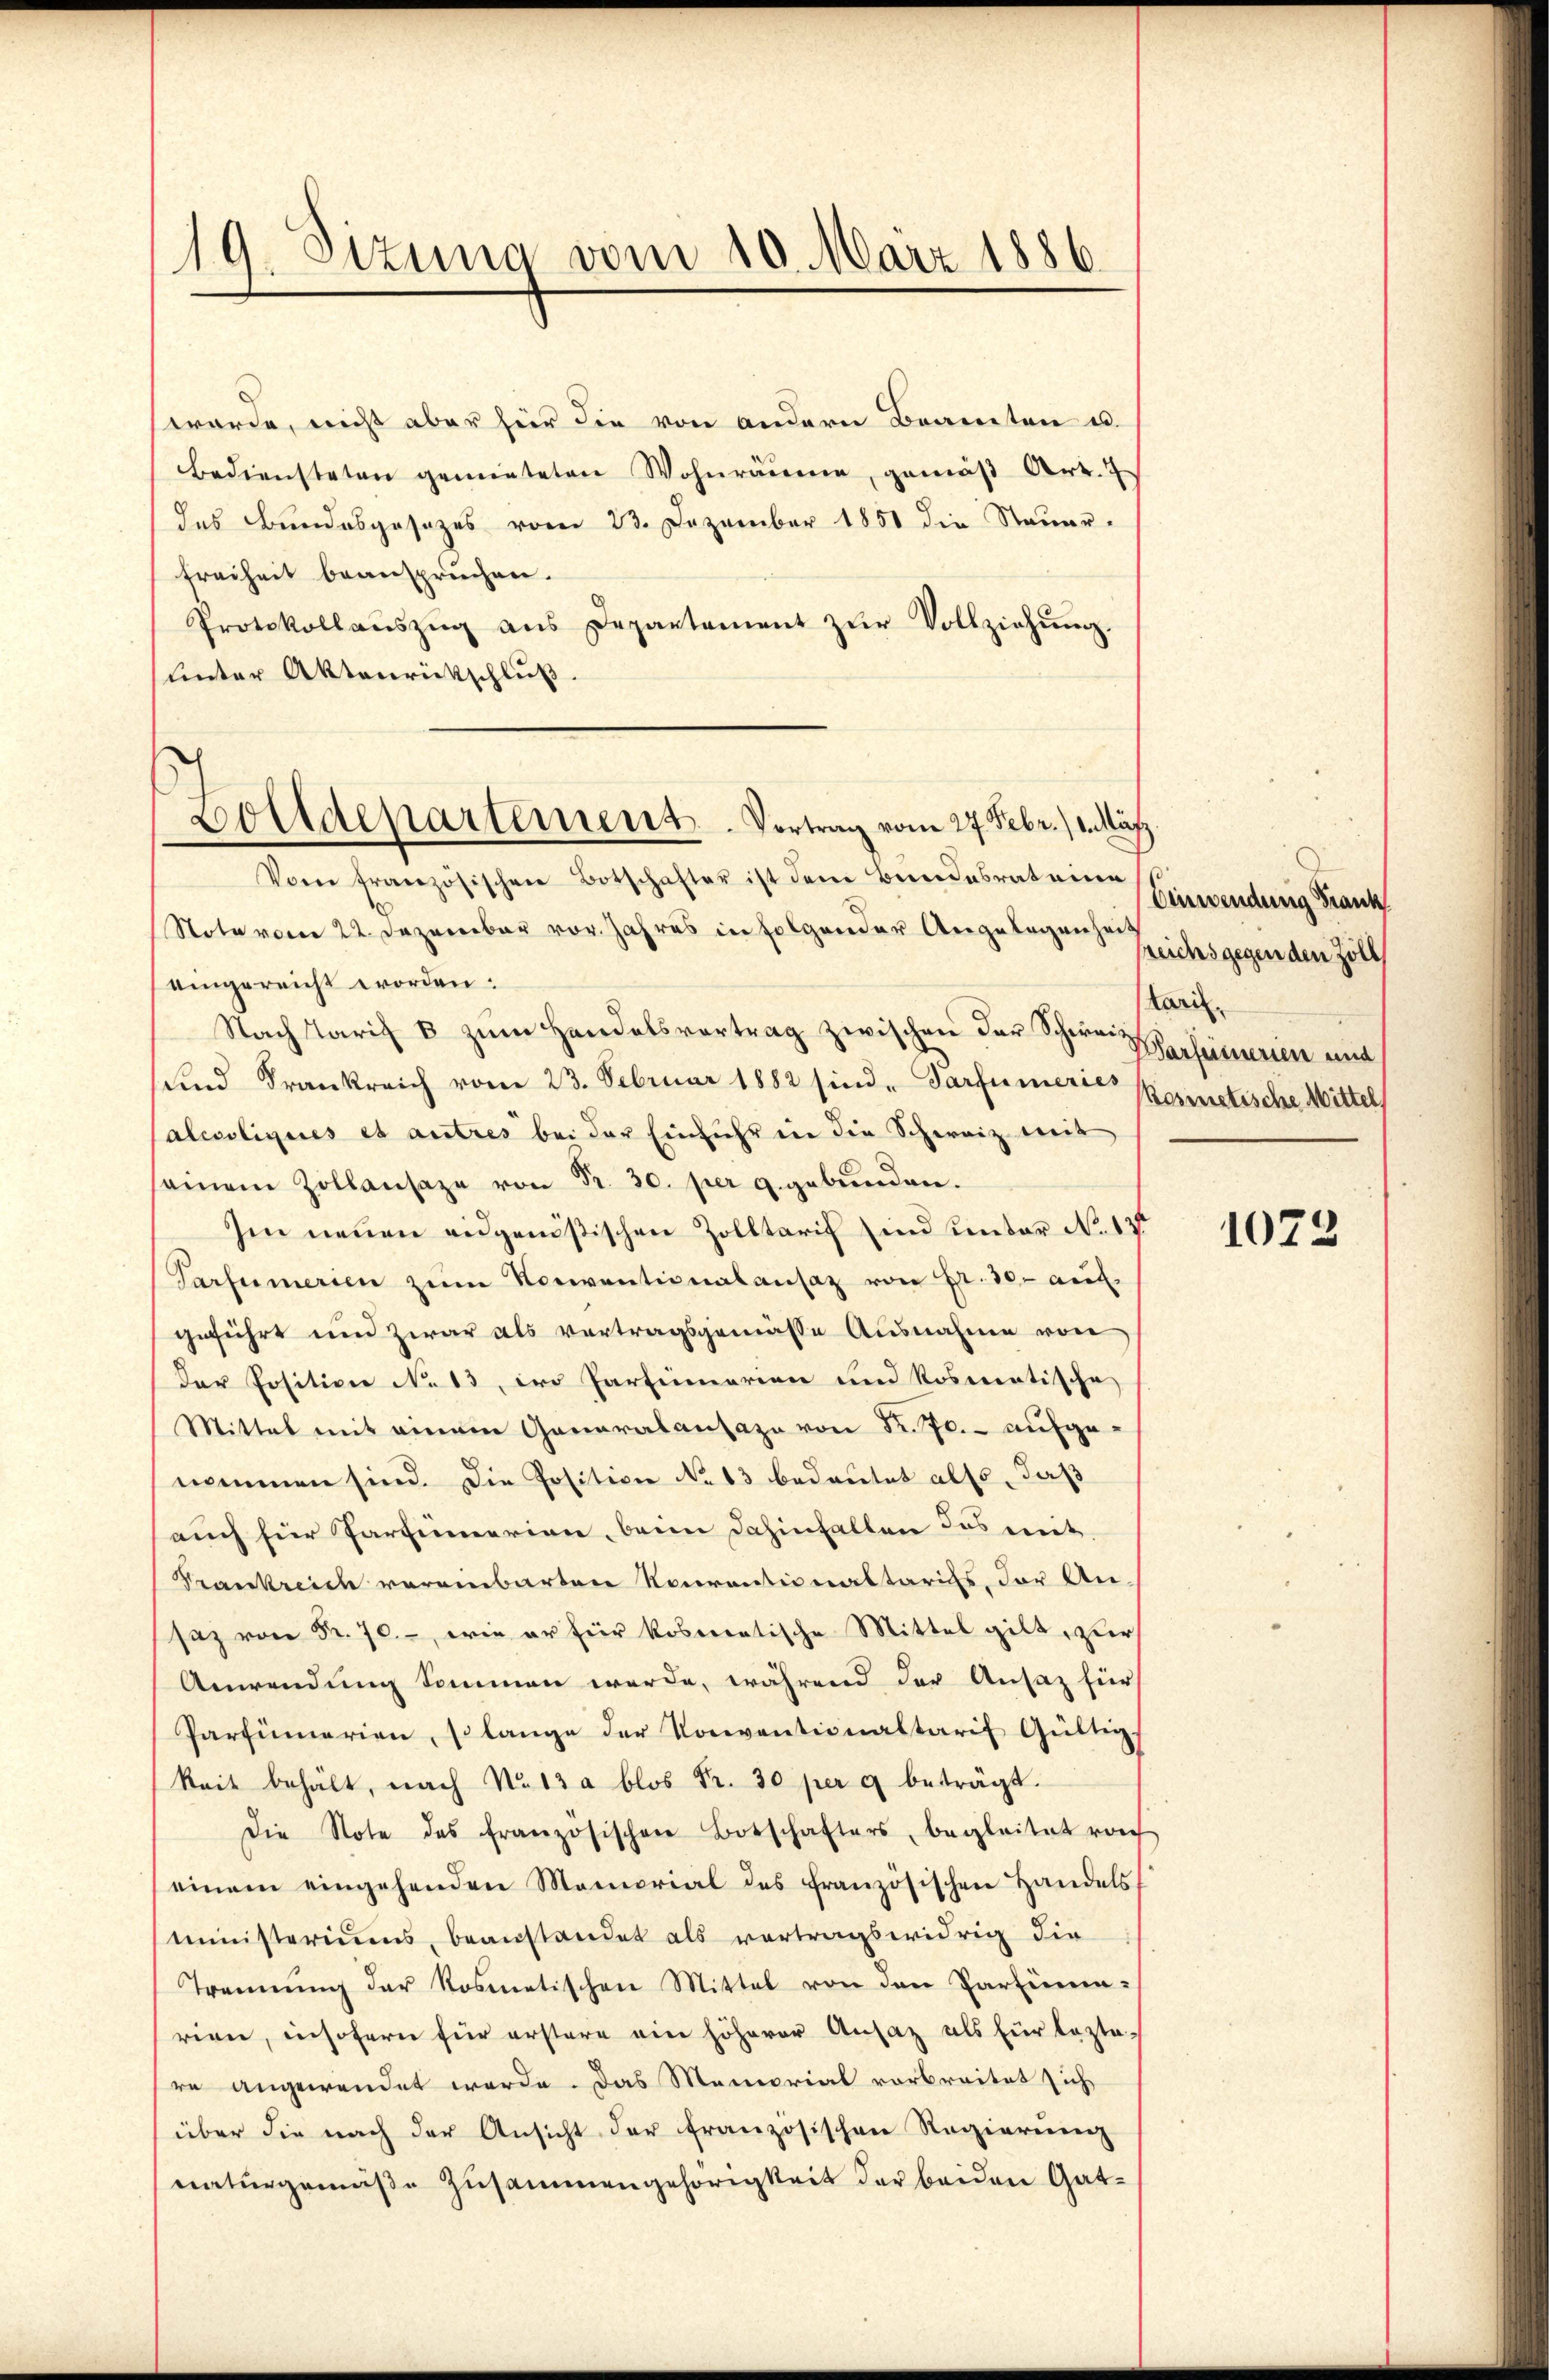
19. Sizung vom 10. März 1886

werde, nicht aber hier die von andern Beamten u.
bediensteten gemieteten Wohnräŭme, gemäβ Art. 7
das Bundesgesezes vom 23. Dezember 1851 die Steuer-
Freiheit beanspruchen.
Protokollaŭszŭg ans Departement zŭr Vollziehŭng.
unter Aktenrückschluß.

Dolldepartement. Vortrag vom 27. Febr. 1. März

Vom französischen Botschafter ist dem Bundesrat eine
Note vom 22. Dezember vor. Jahres in folgender Angelegenhei
eingereicht worden:
Nach Tarif 8 zum Handelsvortrag zwischen der Schwer Versamerien und
und Frankreich vom 23. Februar 1882 sind. Sarfümerie Kosmetische Mittel
alcsoliques es autres bei der Einfuhr in die Schweiz weit
seinem Zollansaze von Fr. 30. per c. gebŭnden.
Im neuen eidgenößischen Zolltarif sind unter No 13
Tarfumerien zŭm Konventionalansaz von Fr. 30- auf
geführt und zwar als vertragsgemässe Ausnahme von
der Position No 13, wo Partinerien und Rosmatische
Mittel mit einem Ganaralansaza von K. Pr. - aufgenommen sind. Die Positicie No 13 bedeutet also, daß
auch für Partinerian, beim dahinfallen das mit
Krankreich vereinbarten Rourantionaltarifs, der An-
saz von Nr. 70. –, wie er für Robereatische Mittel gilt, zur
Anwendung kommen werde, während der Ansaz für
Parfümerien, lange der Konventionaltarif Gültig
keit behält, nach No 13 a blos Fr. 30 per 9 beträgt.
Die Note des französischen Botschafters, begleitet von
einem eingehenden Memorial des französischen Handels
Ministeriums, beanstandet als vortragswidrig die
Trennung der Rosmatischen Mittel von den Partinuarien, insofern für erstere ein höherer Ansaz als für lezte-
re angewendet werde. Das Memorial vorbreitet sich
über die nach der Ansicht der französischen Regierung
naturgemäße Zusammengehörigkeit der beiden Gat¬

Einwendung Frank
reichs gegen den Zoll
Laril

1072